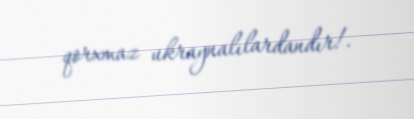
qorxmaz ukraynalılardandır!.